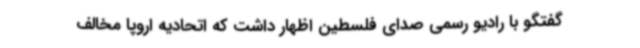
گفتگو با رادیو رسمی صدای فلسطین اظهار داشت که اتحادیه اروپا مخالف